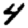
Digit: 4